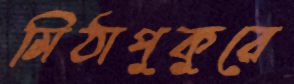
মিঠাপুকুরে